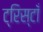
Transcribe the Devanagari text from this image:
ट्रिस्टाँ